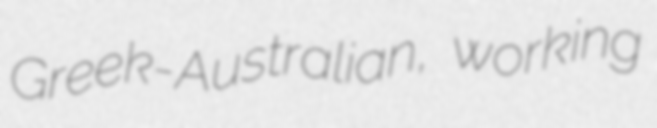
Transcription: Greek-Australian, working